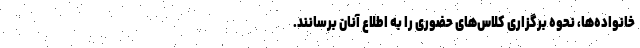
خانواده‌ها، نحوه برگزاری کلاس‌های حضوری را به اطلاع آنان برسانند.